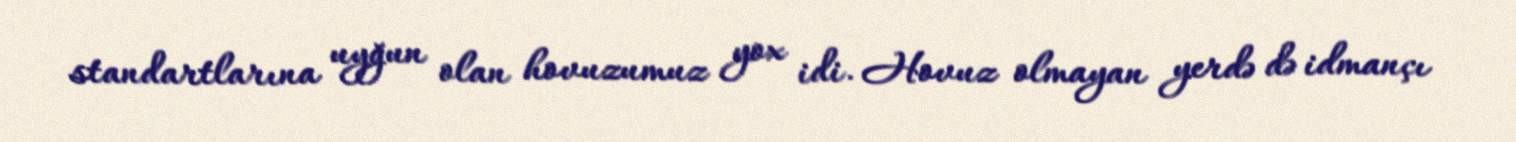
standartlarına uyğun olan hovuzumuz yox idi. Hovuz olmayan yerdə də idmançı